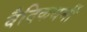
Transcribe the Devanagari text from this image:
वैदिकधर्मी